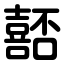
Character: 嚭